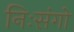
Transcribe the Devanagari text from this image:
निःसंगो